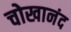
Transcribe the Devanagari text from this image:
चोखानंद